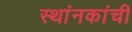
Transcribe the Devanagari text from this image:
स्थांनकांची